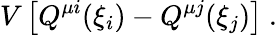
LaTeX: V\left[Q^{\mu i}(\xi_{i})-Q^{\mu j}(\xi_{j})\right]\ .